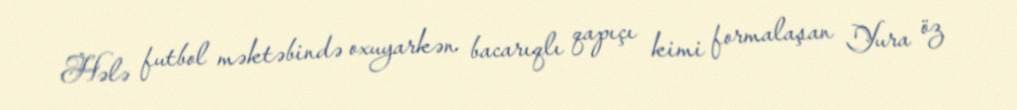
Hələ futbol məktəbində oxuyarkən bacarıqlı qapıçı kimi formalaşan Yura öz